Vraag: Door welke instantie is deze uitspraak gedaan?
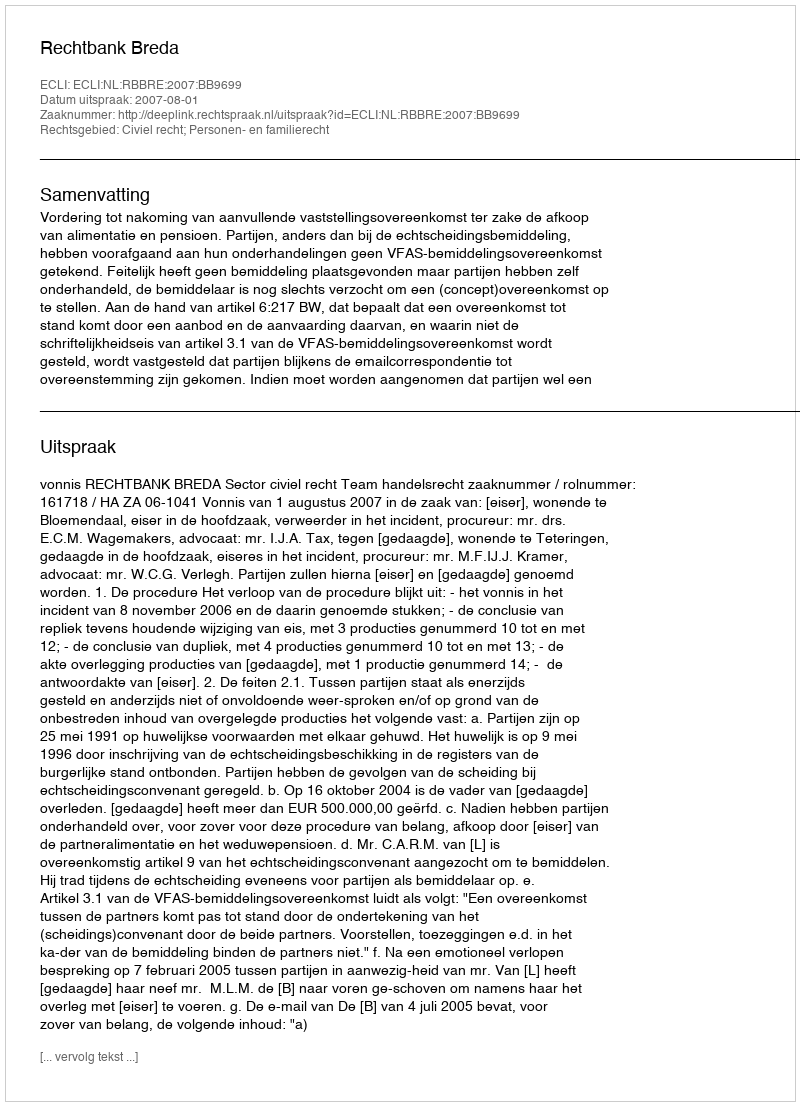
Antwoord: Rechtbank Breda